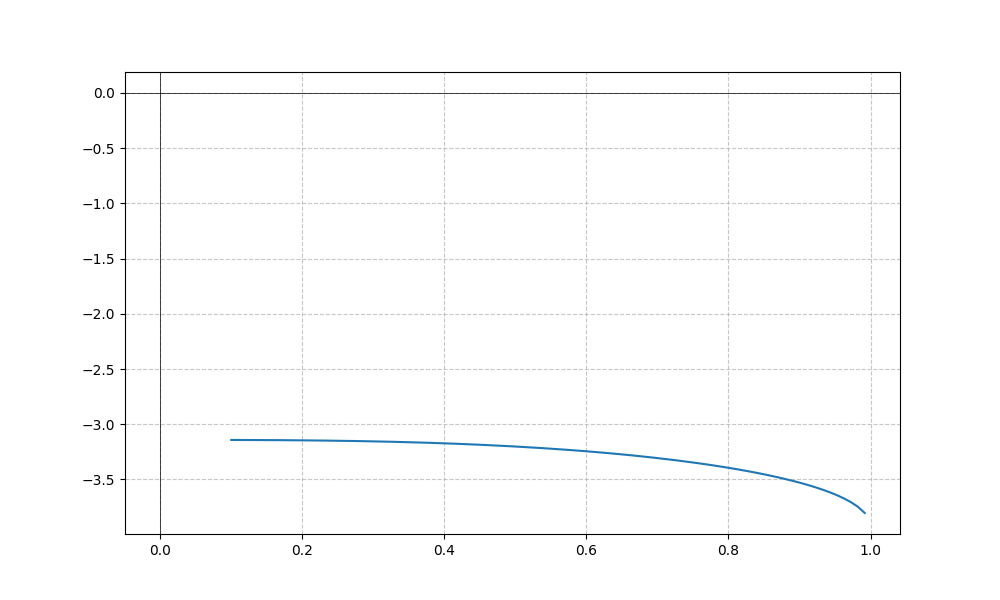
LaTeX formula: - \operatorname{acos}{\left(- x \right)} - \operatorname{acot}{\left(x \right)}